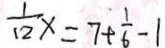
\frac { 1 } { 1 2 } x = 7 + \frac { 1 } { 6 } - 1